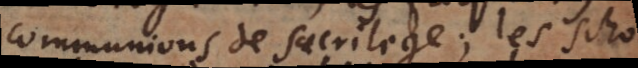
communions de sacrilege; les